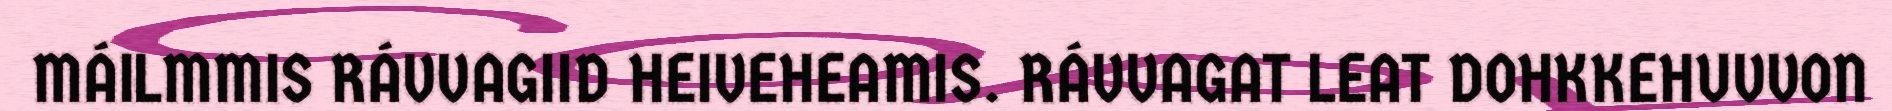
MÁILMMIS RÁVVAGIID HEIVEHEAMIS. RÁVVAGAT LEAT DOHKKEHUVVON